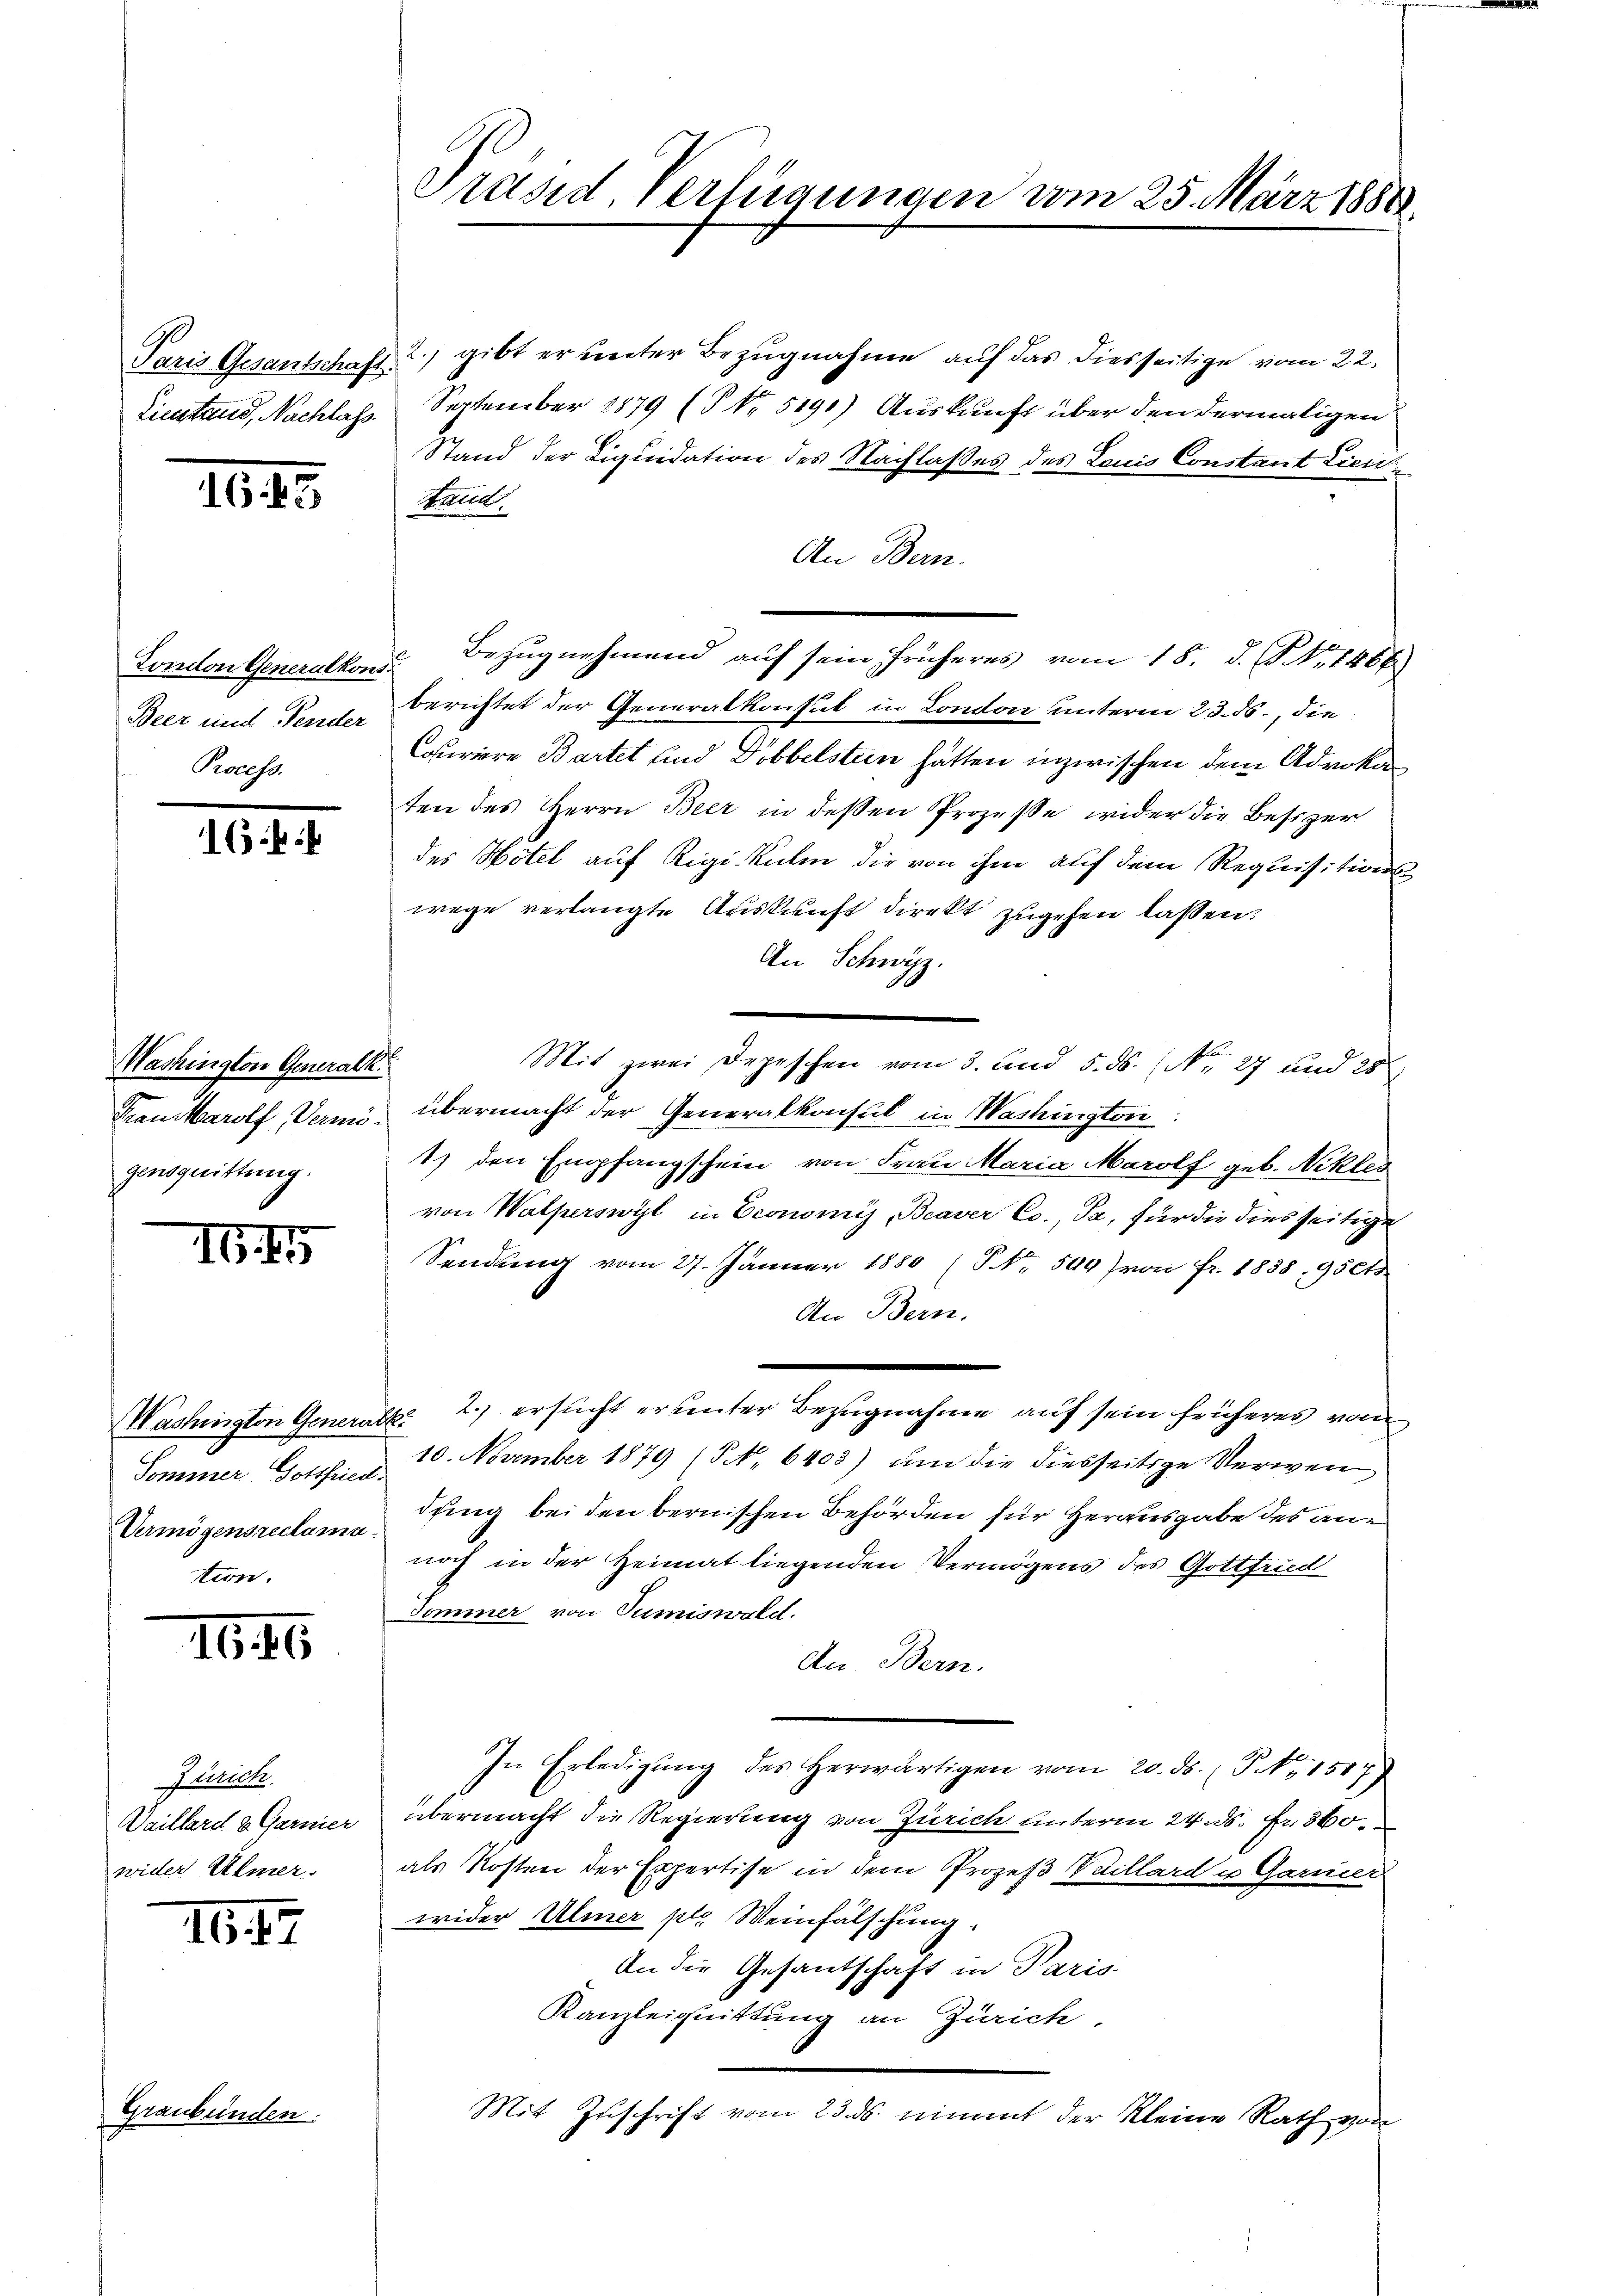
Paris Gesantschaft.
Liestand, Nachlass

IG. 17

Graubünden.

10.4.

Tondon Generalkons
Beer und Fender
Process

16 f 4

Washington Generalk.
Frau Karolf, Vermögensquittung.

I6. 45

Sommer Gottfried
Vermögensreclama
tion.

II. 16

Zürich
Vaillard & Garnier
wider Ulmer.

Präsid. Verfügungen vom 25. März 1884

2. gibt er unter Bezugnahme auf das diesseitige vom 22.
September 1879 (NNo. 5191) Auskunft über den dermaligen
Stand der Liquidation des Nachlaßes des Louis Constant Licit
Stell
An Bern.
Bezugnehmend auf sein früheres vom 18. d. P. Nr. 1466.
berichtet der Generalkonsul in London unterm 23. 56, die
Couriere Bartet und Dobbelstein hätten inzwischen dem Advokaten des Herrn Beer in dessen Prozesse wider die Besizer
des Hotel auf Rigikulm die von ihm auf dem Requisitionswege verlangte Auskunft direkt zugehen laßen.
An Schwyz
Mit zwei Depeschen vom 3. und 5. ds. (Nr. 27 und 25
übermacht der Generalkonsul in Washington:
1) den Empfangschein von Frau Maria Marolf geb. Nikles
von Walperswyl in Economis, Beaver Co., Ja, für die dies seitige
Sendung vom 27. Jänner 1880 (S. 549) von Fr. 1838, 95 Cts.
An Bern.
Washington Generalk. 2.) ersucht erunter Bezugnahme auf sein früheres vom
10. November 1879 (NNo. 6403) um die diesseitige Verwenc
dring bei den bernischen Behörden für Herausgabe des annoch in der Heimat liegenden Vermögens des Gottfrid
Sommer von Sumiswald.
An Bern.
In Erledigŭng des herwärtigen vom 20. ds. (T Nr. 1517)
übermacht die Regierung von Zürich unterm 24. ds. fr. 360.
als Kosten der Expertise in dem Prozeß Villard u Garnied
wider Ulmer ptr. Meinfälschung.
An die Gesantschaft in Paris
Kanzleiquittung an Zürich.
Mit Zŭschrift vom 23. ds. nimmt der Kleine Rath von